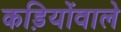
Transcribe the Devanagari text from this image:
कड़ियोंवाले